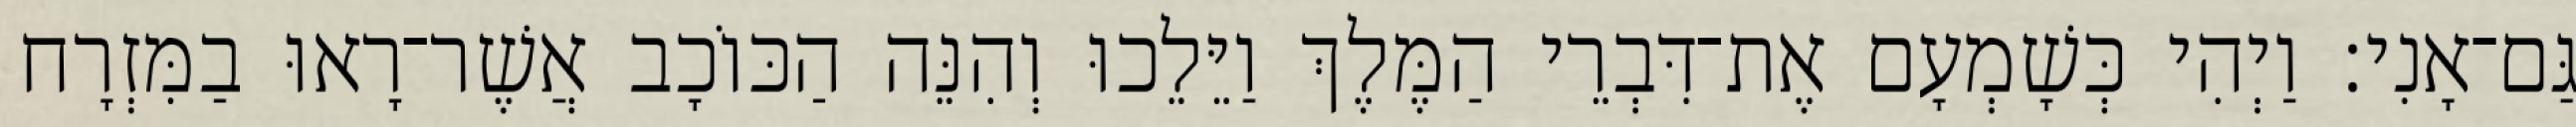
גַּם־אָנִי׃ וַיְהִי כְּשָׁמְעָם אֶת־דִּבְרֵי הַמֶּלֶךְ וַיֵּלֵכוּ וְהִנֵּה הַכּוֹכָב אֲשֶׁר־רָאוּ בַמִּזְרָח